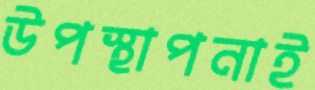
উপস্থাপনাই